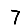
Digit: 7